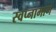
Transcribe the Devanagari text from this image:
स्वप्नामागे